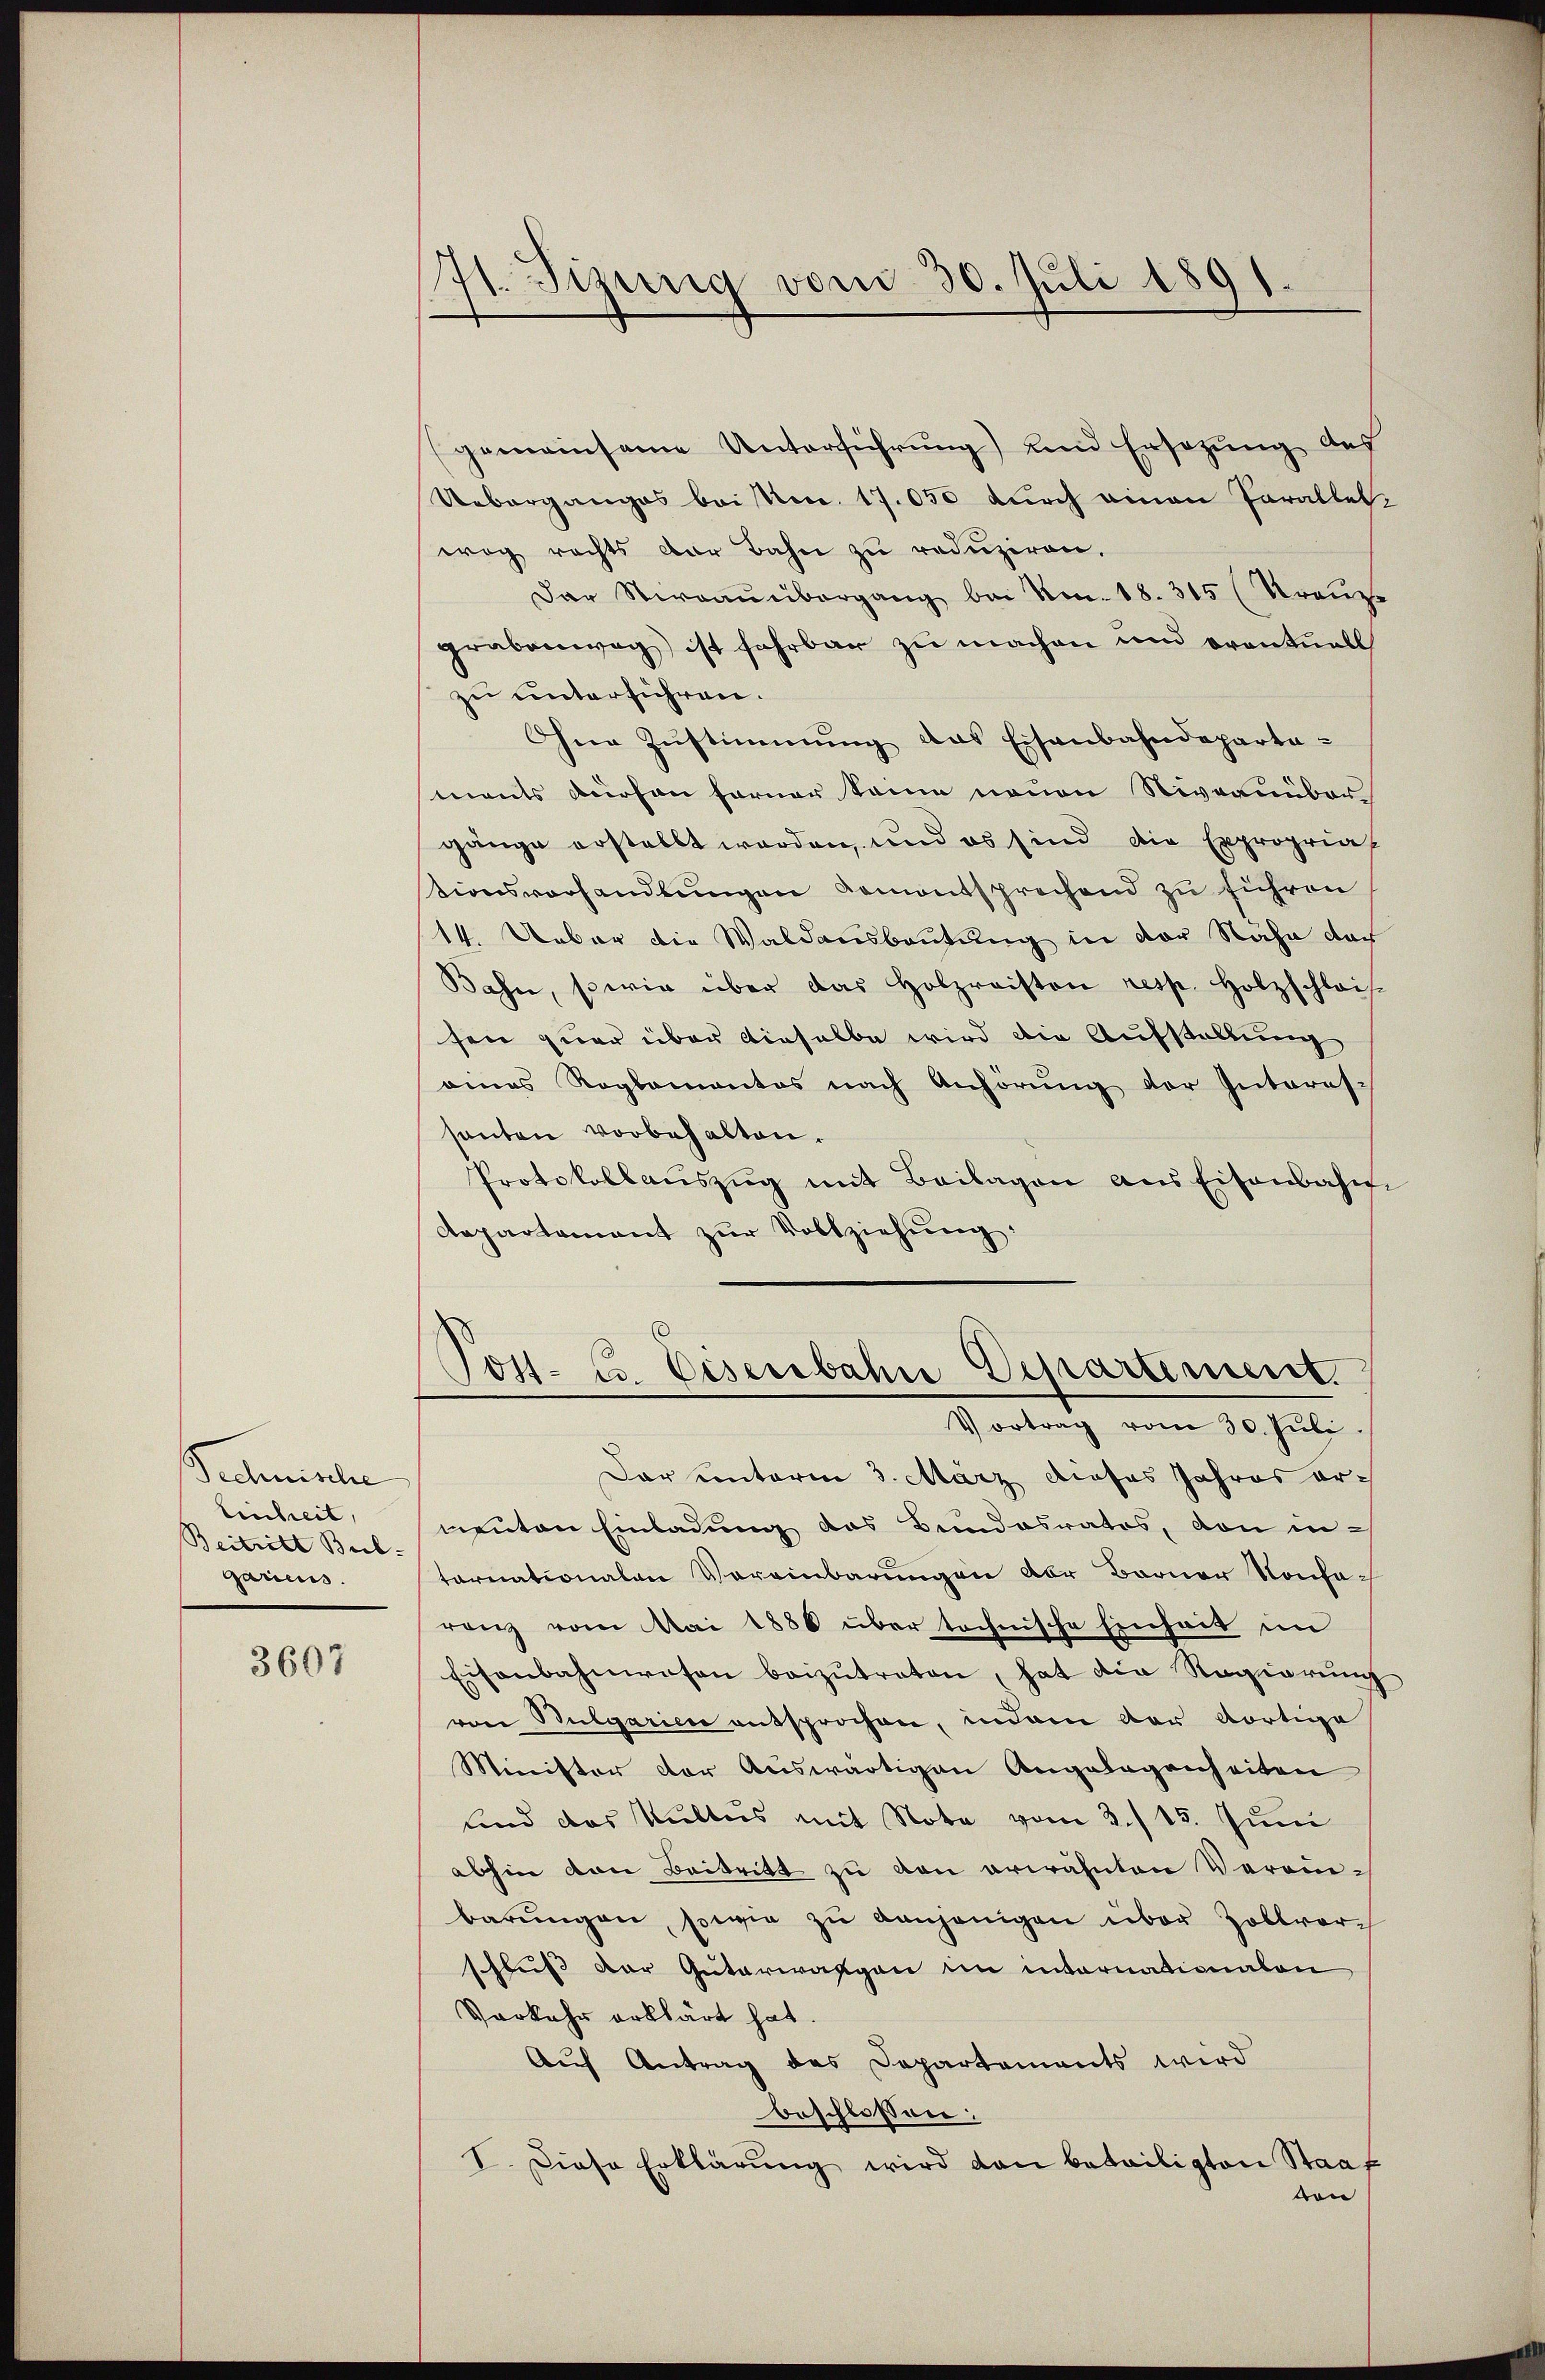
Technische
Einheit,
Beitritt Bub-
garicus.

3607

It. Tizung vom 30. Juli 1891.

gemeinsame Unterführung) und Ersezung des
Ueberganges bei No. 17.050 durch einen Parallel,
weg rechts der Bahn zu reduziren.
Das Stirnaŭnbergang bei No. 18. 315 (Kreuze
grabenweg ist fahrbar zu machen und oventuell
zu unterführen.
Ohne Zŭstimmung das Eisenbahndeparta-
ments dürfen ferner seine neuen Niveauüber
gänge erstellt worden, und es sind die Expropria
ionsverhandlŭngen Komentsprechend zu führen
14. Ueber die Waldausbeutung in der Nähe der
Bahn, sowie über das Holzraisten resp. Holzschlais-
sen quer über dieselbe wird die Aufstellung
eines Roglamantes nach Anhörung der Interes-
santen vorbehalten.
Protokollaŭszŭg mit Beilagen aus Eisenbahn-
Aepartement zur Vollziehung:
Jos. E. Eisenbahn Departement
Vortrag vom 30. Juli.
Dar unterm 3. März dieses Jahres ermenten Einladung das Bundesrates, von in-
tarnationalen Vereinbarungen der Barner Nonharanz vom Mai 1886 über technische Einheit im
Eisenbahnwaton beizutreten, hat die Regierung
von Bulgarien entsprochen, indem der Kortige
Minister der auswärtigen Angelegenheiten
und das Kultus mit Note vom 2./15. Juni
abhin den Beitritt zu den erwähnten Vereinbarŭngen, sowie zŭ denjenigen über Zollvor-
schluß der Güterwangen in internationalen
Vorkehr erklärt hat.
Auf Antrag des Departements wird
beschlossen:
I. Diese Erklärung wird dan beteiligten Staat
von